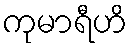
ကုမာရီဟိ